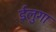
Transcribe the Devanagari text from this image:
ईलुगा